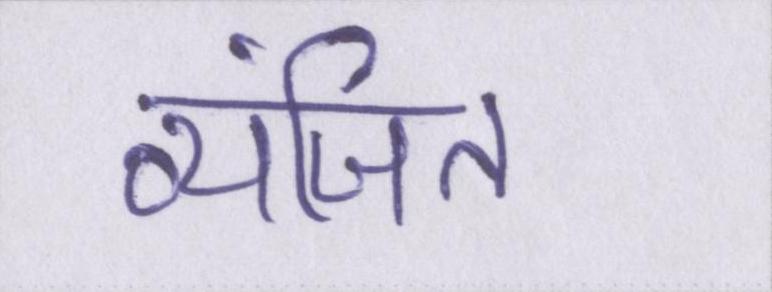
व्यंजित